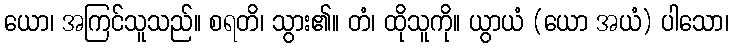
ယော၊ အကြင်သူသည်။ စရတိ၊ သွား၏။ တံ၊ ထိုသူကို။ ယွာယံ (ယော အယံ) ပါသော၊